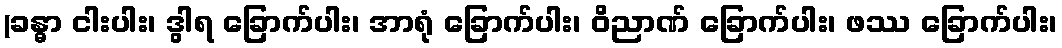
(ခန္ဓာ ငါးပါး၊ ဒွါရ ခြောက်ပါး၊ အာရုံ ခြောက်ပါး၊ ဝိညာဏ် ခြောက်ပါး၊ ဖဿ ခြောက်ပါး၊